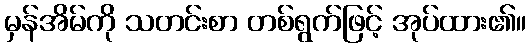
မှန်အိမ်ကို သတင်းစာ တစ်ရွက်ဖြင့် အုပ်ထား၏။